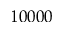
1 0 0 0 0